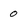
Character: 0